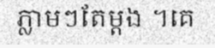
ភ្លាមៗតែម្តង ។គេ